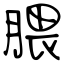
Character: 腲